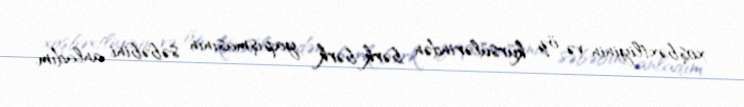
xoşbəxtliyinin və öz kürsülərindən bərk-bərk yapışmasının səbəbini anladım.